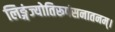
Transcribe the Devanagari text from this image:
लिङ्गंज्योतिरूपंसनातनम्।